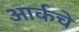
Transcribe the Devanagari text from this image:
आर्कचे